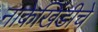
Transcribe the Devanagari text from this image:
नाकेखिंडीचे